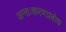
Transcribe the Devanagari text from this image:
अन्तःकरणप्रबोध